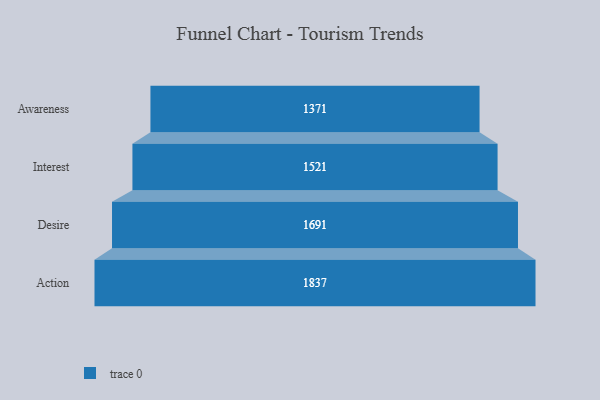
{"axis": {"x": "Stage", "y": "Value"}, "legend": [""], "data": [{"x": "Awareness", "y": 1371.0, "type": ""}, {"x": "Interest", "y": 1521.0, "type": ""}, {"x": "Desire", "y": 1691.0, "type": ""}, {"x": "Action", "y": 1837.0, "type": ""}]}